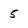
Character: 5